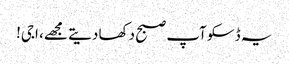
یہ ڈسکو آپ صبح دکھا دیتے مجھے، اجی!